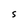
Character: S